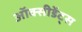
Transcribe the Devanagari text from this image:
ऑक्सीडेंट्स